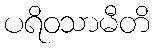
ပရိဝသာမီတိ